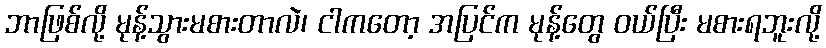
ဘာဖြစ်လို့ မုန့်သွားမစားတာလဲ၊ ငါကတော့ အပြင်က မုန့်တွေ ဝယ်ပြီး မစားရဘူးလို့